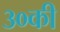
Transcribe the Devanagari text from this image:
३०की